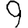
Digit: 9